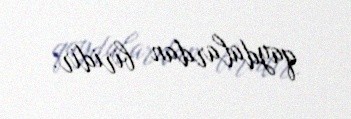
qaydalardan biridir.